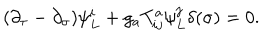
( \partial _ { \tau } - \partial _ { \sigma } ) \psi _ { L } ^ { i } + g _ { a } T _ { i j } ^ { a } \psi _ { L } ^ { j } \delta ( \sigma ) = 0 .